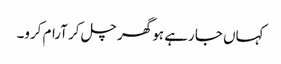
کہاں جا رہے ہو گھر چل کر آرام کرو۔